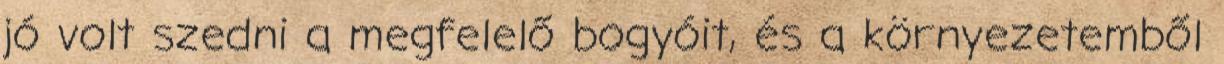
jó volt szedni a megfelelő bogyóit, és a környezetemből